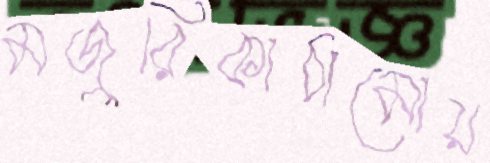
মজুরিকাঠামোয়